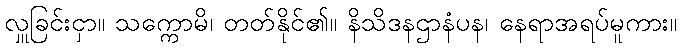
လှူခြင်းငှာ။ သက္ကောမိ၊ တတ်နိုင်၏။ နိသိဒနဌာနံပန၊ နေရာအရပ်မူကား။